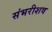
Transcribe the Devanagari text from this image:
संभरीशव